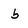
Character: b